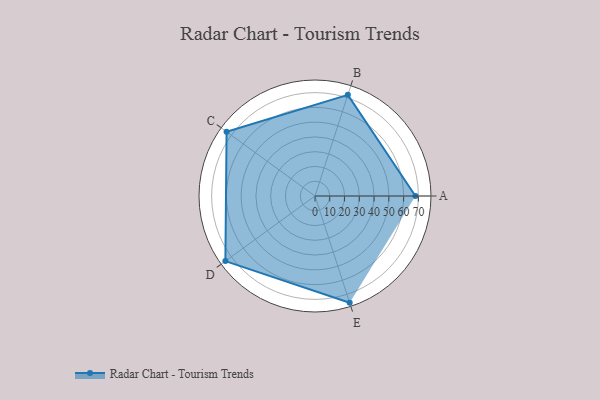
{"axis": {"x": "Skill", "y": "Score"}, "legend": ["Profile"], "data": [{"x": "A", "y": 68.0, "type": "Profile"}, {"x": "B", "y": 72.0, "type": "Profile"}, {"x": "C", "y": 74.0, "type": "Profile"}, {"x": "D", "y": 75.0, "type": "Profile"}, {"x": "E", "y": 76.0, "type": "Profile"}]}